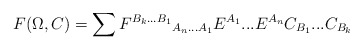
\begin{align*}F(\Omega, C)=\sum {F^{B_k...B_1}}_{A_n...A_1}E^{A_1}...E^{A_n} C_{B_1}...C_{B_k}\end{align*}